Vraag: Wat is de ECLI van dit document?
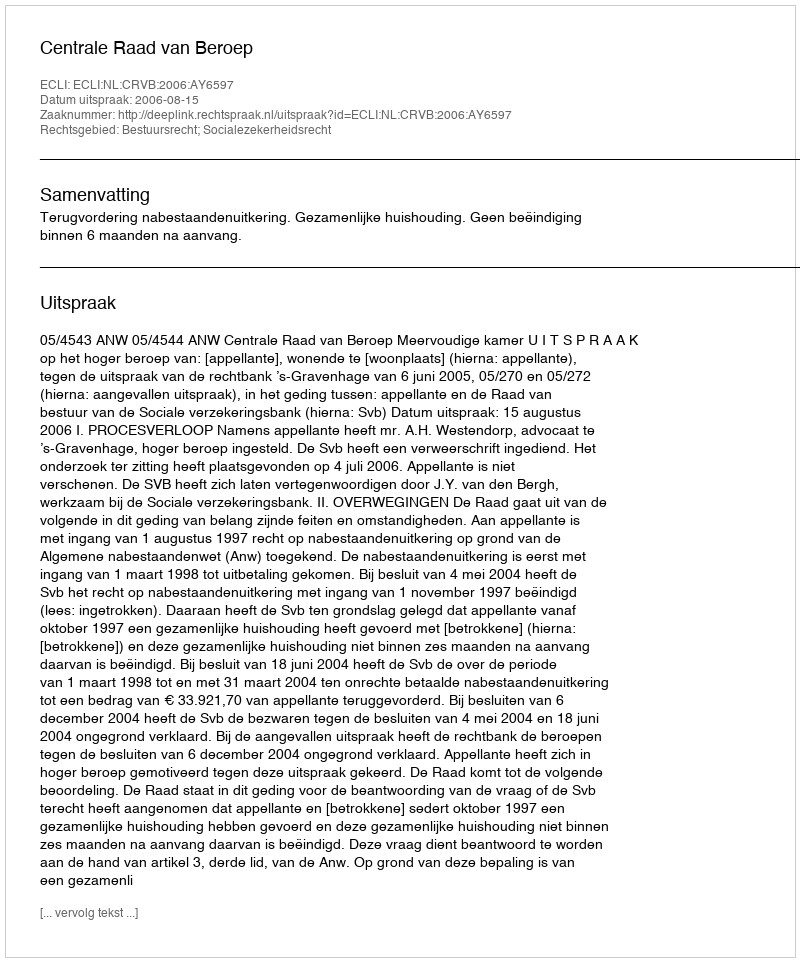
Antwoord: ECLI:NL:CRVB:2006:AY6597